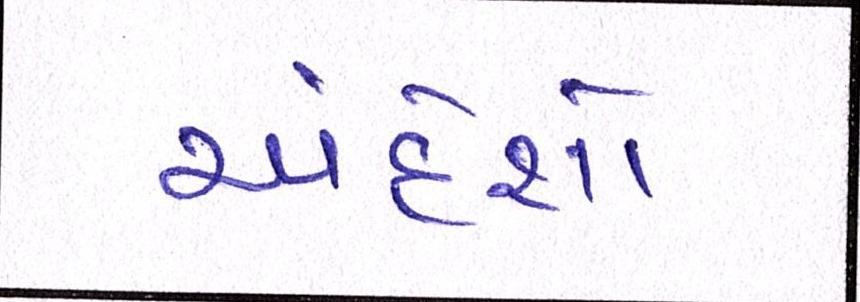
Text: અંદેશો